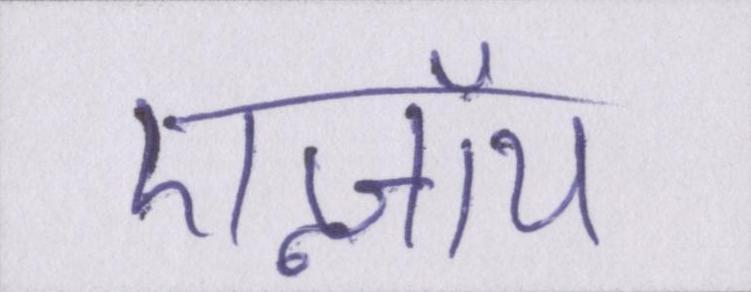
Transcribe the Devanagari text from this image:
एन्जॉय